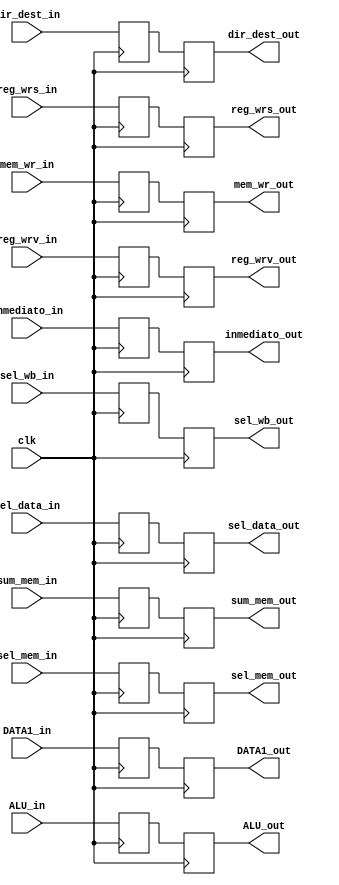
module registro_EXE_MEM(clk,
	//Memory
	sum_mem_in,
	sel_mem_in,
	sel_data_in,
	mem_wr_in,

	//Write back:
	sel_wb_in,
	reg_wrv_in,
	reg_wrs_in,
	
	//Memory
	sum_mem_out,
	sel_mem_out,
	sel_data_out,
	mem_wr_out,

	//Write back:
	sel_wb_out,
	reg_wrv_out,
	reg_wrs_out,
	
	//entradas
	DATA1_in,
	ALU_in,
	dir_dest_in,
	inmediato_in,
	
	//salidas
	DATA1_out,
	ALU_out,
	dir_dest_out,
	inmediato_out

);

input wire clk;

//MEM
input wire  sum_mem_in, sel_mem_in, sel_data_in, mem_wr_in;

//WB
input wire sel_wb_in, reg_wrv_in, reg_wrs_in;

//entradas
input wire [31:0] DATA1_in;
input wire [31:0] ALU_in;
input wire [2:0] dir_dest_in;
input wire [7:0] inmediato_in;
	
	


//MEM
output reg sum_mem_out, sel_mem_out, sel_data_out, mem_wr_out;

//WB
output reg sel_wb_out, reg_wrv_out, reg_wrs_out;

//salidas
output reg [31:0] DATA1_out;
output reg [31:0] ALU_out;
output reg [2:0] dir_dest_out;
output reg [7:0] inmediato_out;

//MEM
reg  sum_mem, sel_mem, sel_data, mem_wr;

//WB
reg sel_wb, reg_wrv, reg_wrs;


reg [31:0] DATA1;
reg [31:0] ALU;
reg [2:0] dir_dest;
reg [7:0] inmediato;


always @(posedge clk) // lee en el posedge
begin
	DATA1<=DATA1_in;
	ALU<=ALU_in;
	dir_dest<=dir_dest_in;
	inmediato<=inmediato_in;
	
	//Memory
	sum_mem<=sum_mem_in;
	sel_mem<=sel_mem_in;
	sel_data<=sel_data_in;
	mem_wr<=mem_wr_in;

	//Write back:
	sel_wb<=sel_wb_in;
	reg_wrv<=reg_wrv_in;
	reg_wrs<=reg_wrs_in;
end 

always @(negedge clk) // escritura en el negedge
begin
	
	DATA1_out<=DATA1;
	ALU_out<=ALU;
	dir_dest_out<=dir_dest;
	inmediato_out<=inmediato;
	  
	//Memory
	sum_mem_out<=sum_mem;
	sel_mem_out<=sel_mem;
	sel_data_out<=sel_data;
	mem_wr_out<=mem_wr;

	//Write back:
	sel_wb_out<=sel_wb;
	reg_wrv_out<=reg_wrv;
	reg_wrs_out<=reg_wrs;
end

endmodule